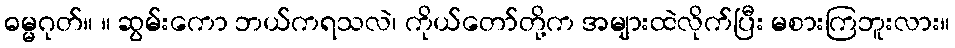
ဓမ္မဂုတ်။ ။ ဆွမ်းကော ဘယ်ကရသလဲ၊ ကိုယ်တော်တို့က အများထဲလိုက်ပြီး မစားကြဘူးလား။